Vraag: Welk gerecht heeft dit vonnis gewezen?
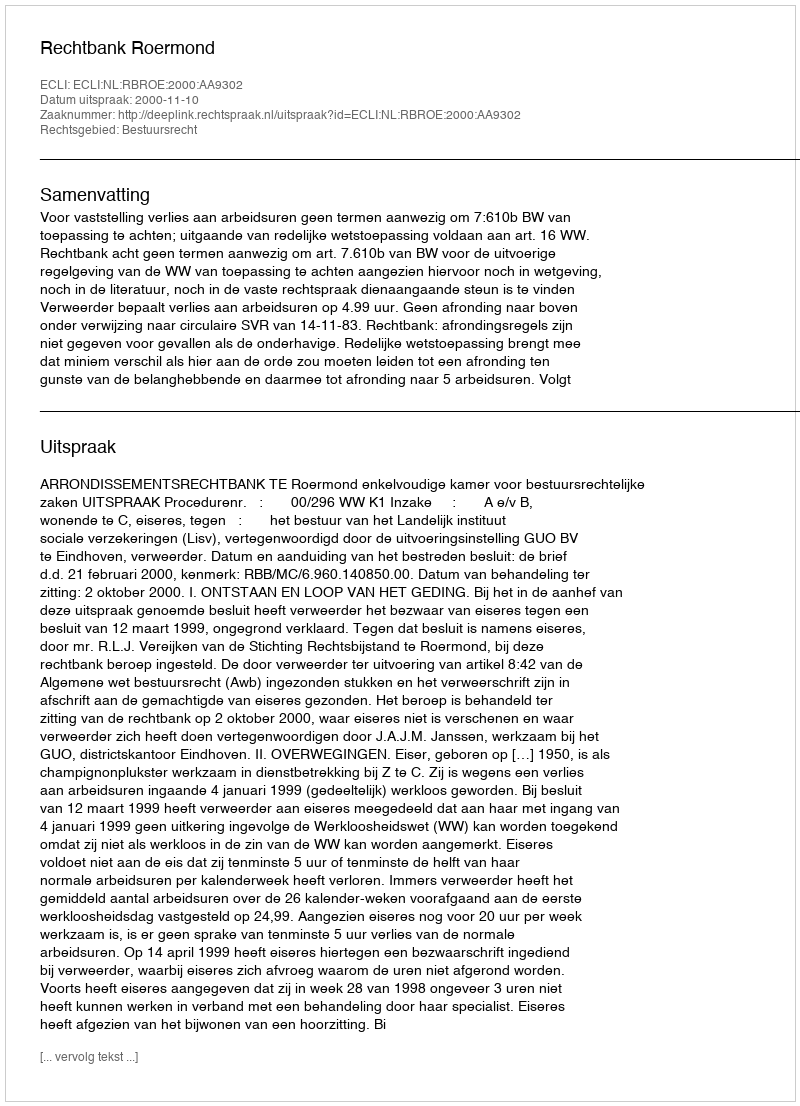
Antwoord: Rechtbank Roermond